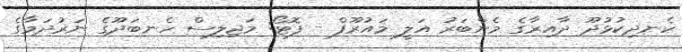
ކެނދިކުޅުދޫ ދާއިރާގެ މެންބަރު އަލީ މައުރޫފް - ފޮޓޯ: މަޖިލިސް ހެނބަދޫގެ ނަރުދަމާގެ